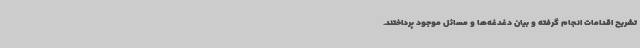
تشریح اقدامات انجام گرفته و بیان دغدغه‌ها و مسائل موجود پرداختند.